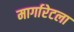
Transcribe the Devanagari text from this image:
मार्गारेटला